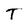
Character: T